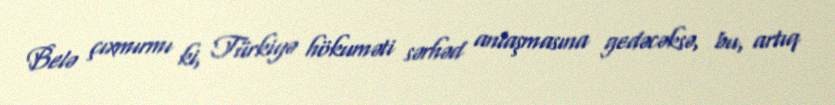
Belə çıxmırmı ki, Türkiyə hökuməti sərhəd anlaşmasına gedəcəksə, bu, artıq